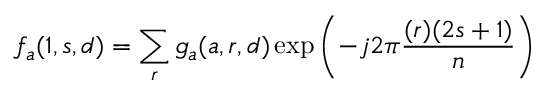
f _ { a } ( 1 , s , d ) = \sum _ { r } g _ { a } ( a , r , d ) \exp \left( - j 2 \pi { \frac { ( r ) ( 2 s + 1 ) } { n } } \right)